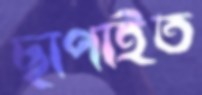
ছাপাইত